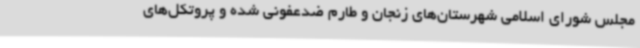
مجلس شورای اسلامی شهرستان‌های زنجان و طارم ضدعفونی شده‌ و پروتکل‌های